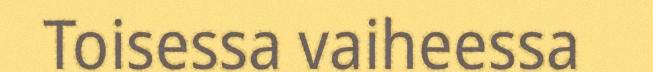
Toisessa vaiheessa